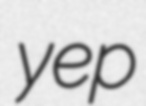
yep